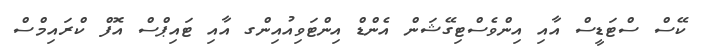
ކޭސް ސްޓަޑީސް އާއި އިންވެސްޓިގޭޝަން އެންޑް އިންޓަވިއުއިންގ އާއި ޓައިޕްސް އޮފް ކްރައިމްސް